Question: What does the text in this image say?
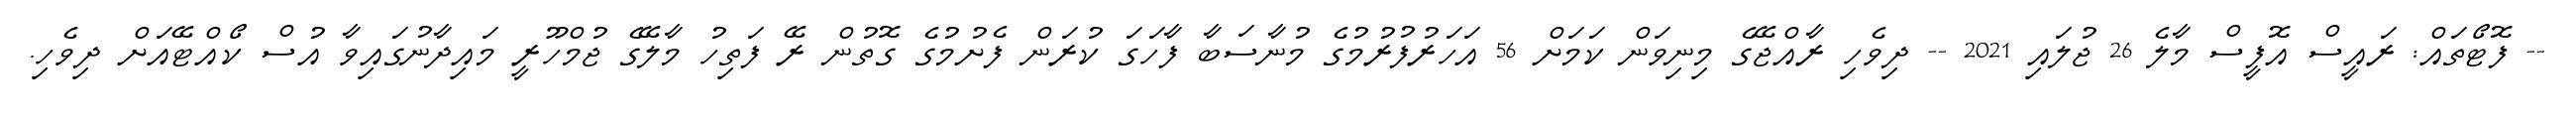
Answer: -- ފޮޓޯތައް: ރައީސް އޮފީސް މާލެ 26 ޖުލައި 2021 -- ދިވެހި ރާއްޖޭގެ މިނިވަން ކަމަށް 56 އަހަރުފުރުމުގެ މުނާސަބާ ފާހަގަ ކުރަން ފެށުމުގެ ގޮތުން ރޭ ފަތިހު މާލޭގެ ޖުމްހޫރީ މައިދާނުގައިވާ އުސް ކޯއްޓޭއަށް ދިވެހި.